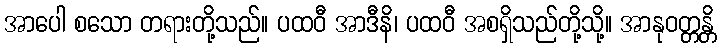
အာပေါ စသော တရားတို့သည်။ ပထဝီ အာဒီနိ၊ ပထဝီ အစရှိသည်တို့သို့။ အာနုဝတ္တန္တိ